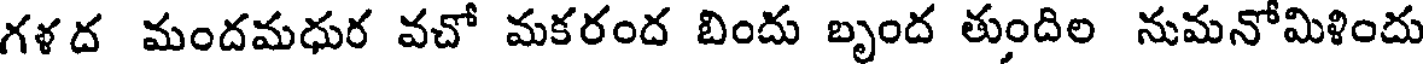
గళద మందమధుర వచో మకరంద బిందు బృంద తుందిల నుమనోమిళిందు